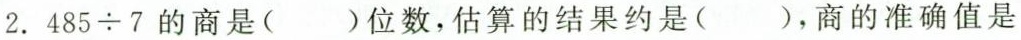
2.$$4 8 5 \div 7$$的商是( )位数，估算的结果约是( )，商的准确值是